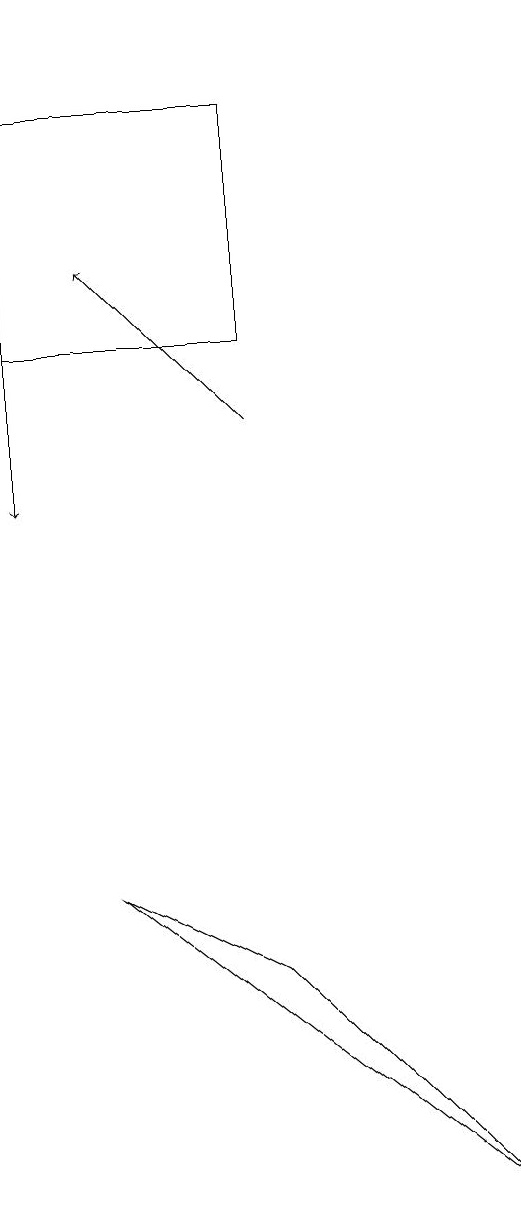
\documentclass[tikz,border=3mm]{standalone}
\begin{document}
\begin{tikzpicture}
\draw[->] (4,12) -- (2,14);
\draw (7,2) -- (2,6) -- (4,5) -- cycle;
\draw (4,13) rectangle (1,16);
\draw[->] (1,17) -- (1,11);
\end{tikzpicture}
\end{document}